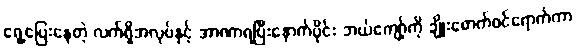
ရှေ့ပြေးနေတဲ့ လက်ရှိအလုပ်နှင့် အာဏာရပြီးနောက်ပိုင်း ဘယ်ကျော့်ကို ချိုးဖောက်ဝင်ရောက်ကာ